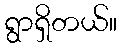
ရွာရှိတယ်။